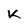
Character: K